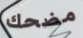
مضحك